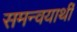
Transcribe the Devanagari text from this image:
समन्वयार्थी